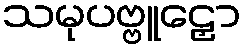
သမုပဗ္ဗူဠှော